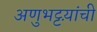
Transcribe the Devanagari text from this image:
अणुभट्टय़ांची